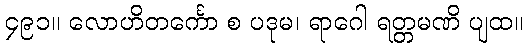
၄၉၁။ လောဟိတင်္ကော စ ပဒုမ၊ ရာဂေါ ရတ္တမဏိ ပျထ။